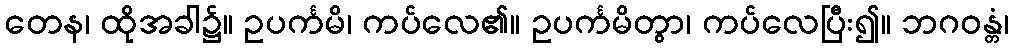
တေန၊ ထိုအခါ၌။ ဥပင်္ကမိ၊ ကပ်လေ၏။ ဥပင်္ကမိတွာ၊ ကပ်လေပြီး၍။ ဘဂဝန္တံ၊